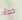
خطأه